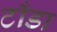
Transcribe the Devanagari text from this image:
टाँडा